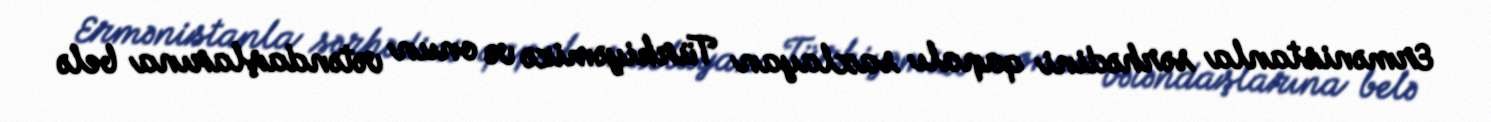
Ermənistanla sərhədini qapalı saxlayan Türkiyəmizə və onun vətəndaşlarına belə